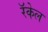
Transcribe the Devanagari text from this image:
रॅकेल